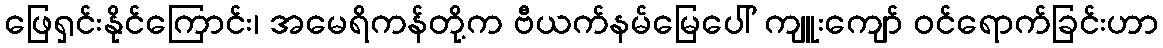
ဖြေရှင်းနိုင်ကြောင်း၊ အမေရိကန်တို့က ဗီယက်နမ်မြေပေါ် ကျူးကျော် ဝင်ရောက်ခြင်းဟာ